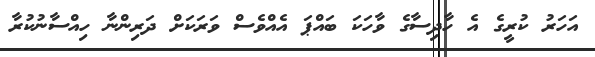
އަހަރު ކުރީގެ އެ ހާދިސާގެ ވާހަކަ ބައްޕަ އެއްވެސް ވަރަކަށް ދަރިންނާ ހިއްސާނުކުރާ